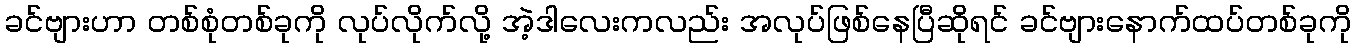
ခင်ဗျားဟာ တစ်စုံတစ်ခုကို လုပ်လိုက်လို့ အဲ့ဒါလေးကလည်း အလုပ်ဖြစ်နေပြီဆိုရင် ခင်ဗျားနောက်ထပ်တစ်ခုကို